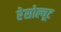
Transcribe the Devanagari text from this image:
रेसोल्यूट